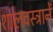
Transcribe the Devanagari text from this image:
शालवस्त्रानें